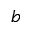
b